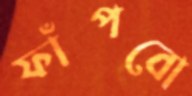
ফাঁপবো